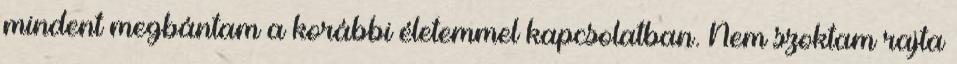
mindent megbántam a korábbi életemmel kapcsolatban. Nem szoktam rajta